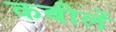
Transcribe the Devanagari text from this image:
कबीलें